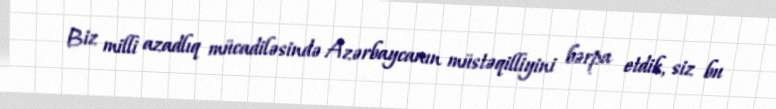
Biz milli azadlıq mücadiləsində Azərbaycanın müstəqilliyini bərpa etdik, siz bu